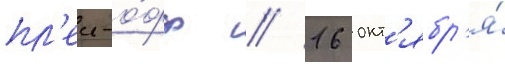
пл'еи-о́фф // 16 окт'ябр'я́